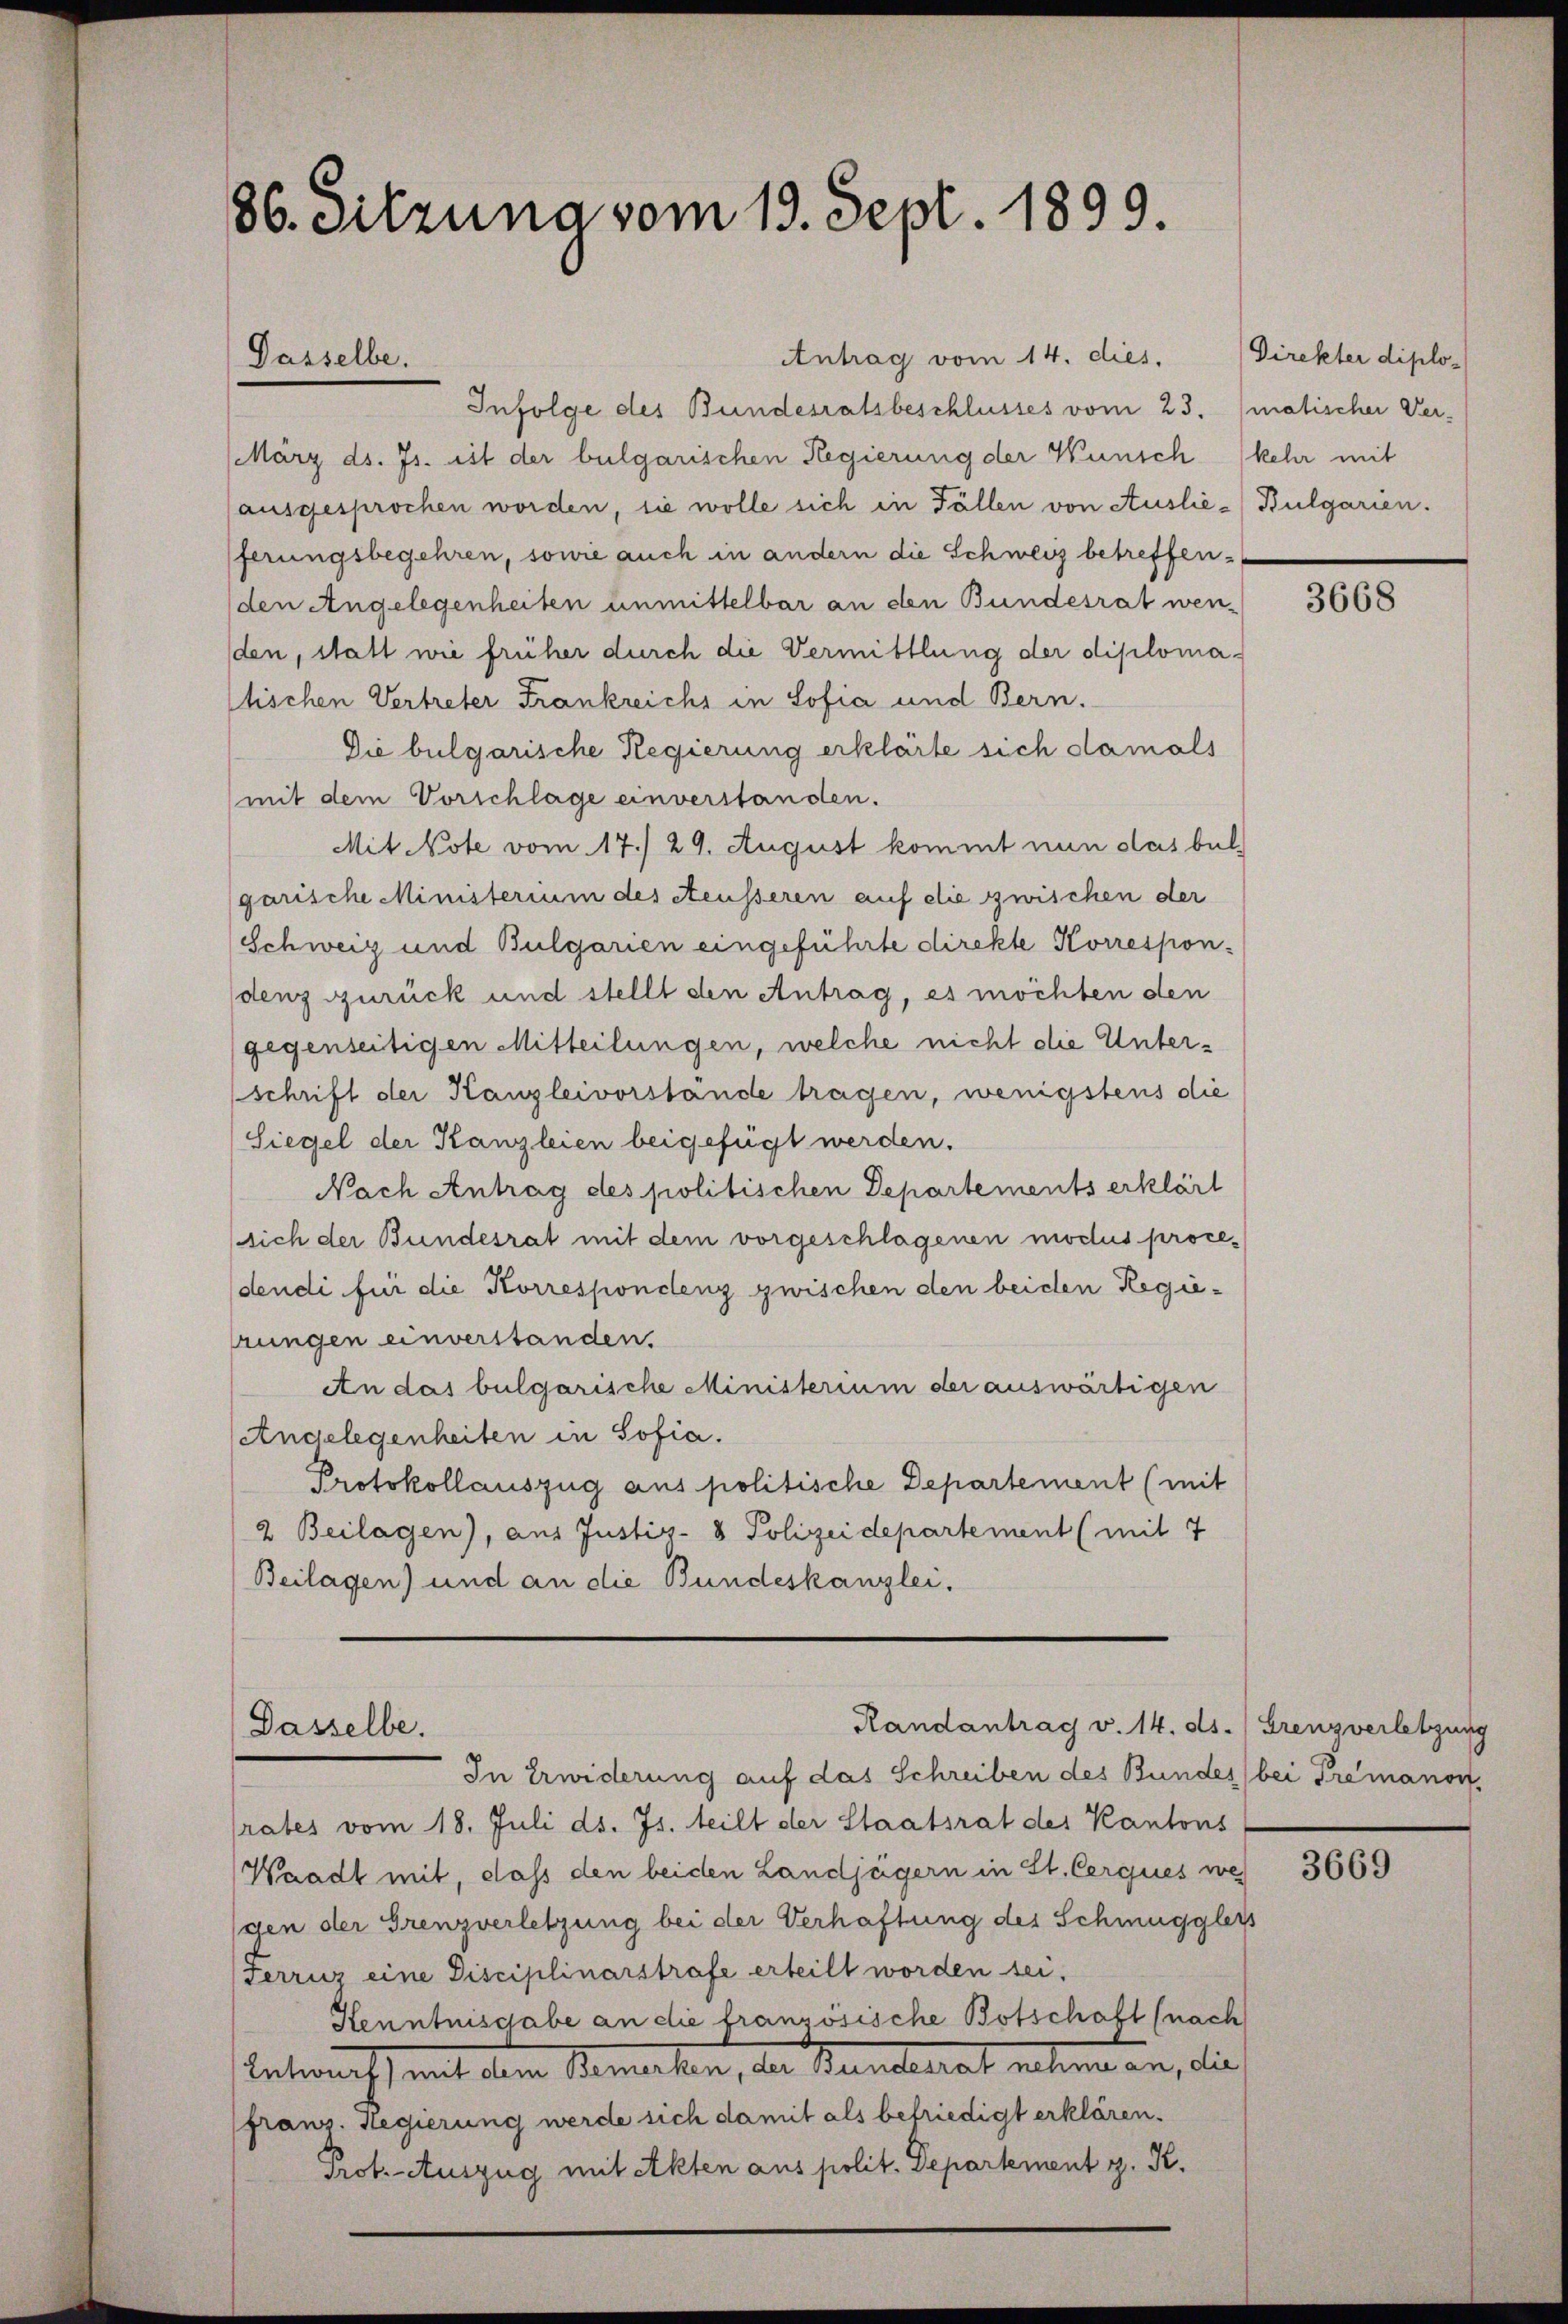
86. Sitzuna vom 19. Sept. 1899.

Dasselbe.

Antrag vom 14. dies.
Infolge des Bundesratsbeschlusses vom 23. (matischer Ver¬
(März ds. Js. ist der bulgarischen Regierung der Wünsch kehr mit
(ausgesprochen worden, sie wolle sich in Fällen von Auslie-Bulgarien.
ferungsbegehren, sowie auch in andern die Schweiz betreffen¬
(den Angelegenheiten unmittelbar an den Bundesrat wenden, statt wie früher durch die Vermittlung der diplomastischen Vertreter Frankreichs in Sofia und Bern.
Die bulgarische Regierung erklärte sich damals
mit dem Vorschlage einverstanden.
Mit Note vom 17./ 29. August kommt nun das bulgarische Ministerium des Aeusseren auf die zwischen der
Schweiz und Bulgarien eingeführte direkte Korrespon-
denz zurück und stellt den Antrag, es möchten den
gegenseitigen Mitteilungen, welche nicht die Unterschrift der Kanzleivorstände tragen, wenigstens die
Siegel der Kanzleien beigefügt werden.
Nach Antrag des politischen Departements erklärt
sich der Bundesrat mit dem vorgeschlagenen modus procedendi für die Korrespondenz zwischen den beiden Regierungen einverstanden.
An das bulgarische Ministerium der auswärtigen
Angelegenheiten in Sofia.
Protokollauszug aus politische Departement (mit
2 Beilagen), aus Justiz- & Polizeidepartement (mit 7
Beilagen) und an die Bundeskanzlei.

Randantrag v. 14. ds. Grenzverletzung
Dasselbe.
In Erwiderung auf das Schreiben des Bundes bei Premanon

rates vom 18. Juli ds. Js. teilt der Staatsrat des Kantons
Waadt mit, dass den beiden Landjägern in St. Cerques we
den der Grenzverletzung bei der Verhaftung des Schmugglers
Ferruz eine Disciplinarstrafe erteilt worden sei.
Kenntnisgabe an die französische Botschaft (nach
Antwort, mit dem Bemerken, der Standerat nehmen an, die
fraus. Hegierung werde sich damit als befriedigt erklären.
Prot. - Auszug mit Akten aus polit. Departement z. K.

Direkter diplo¬

3668

3669